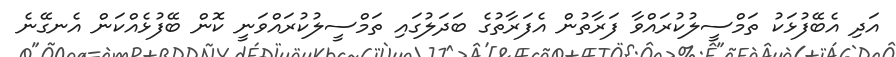
އަދި އެބޭފުޅަކު ތަމްސީލުކުރައްވާ ފަރާތުން އެފަރާތުގެ ބަދަލުގައި ތަމްސީލުކުރައްވަނީ ކޮން ބޭފުޅެއްކަން އެނގޭނެ